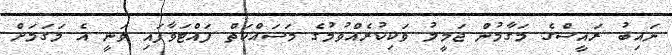
ނައިބު ރައީސްގެ މަގާމުން ޖަމީލު ވަކިކުރެއްވުމުގެ މަސައްކަތް ފައްޓަވާފައި ވަނީ އެ މަގަމަށް